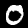
Digit: 0